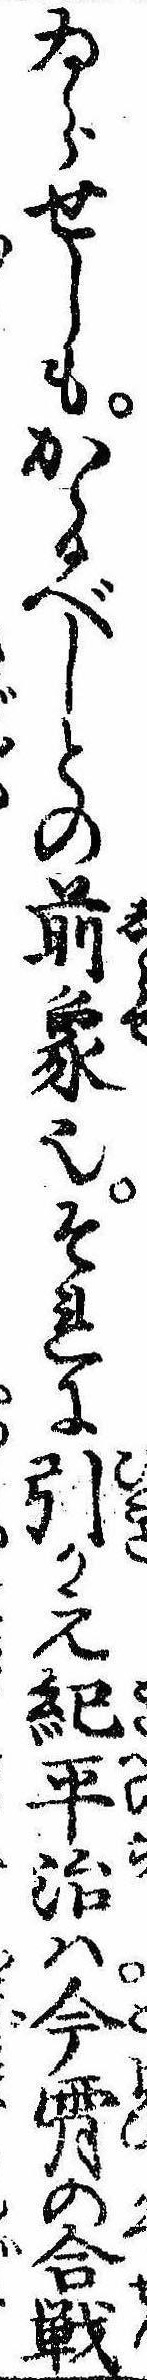
ゐらせしもかゝるべしとの前象也それに引かえ紀平治は今宵の合戦